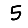
Digit: 5